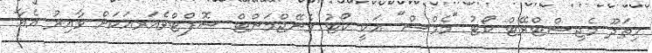
ހިތަދޫ މެޖިސްޓްރޭޓް ކޯޓު "މެމްސް" އަކީ ކޯޓު މެނޭޖްމަންޓް ސޮފްޓްވެއަރއަކަށް ވާއިރު އެއާ